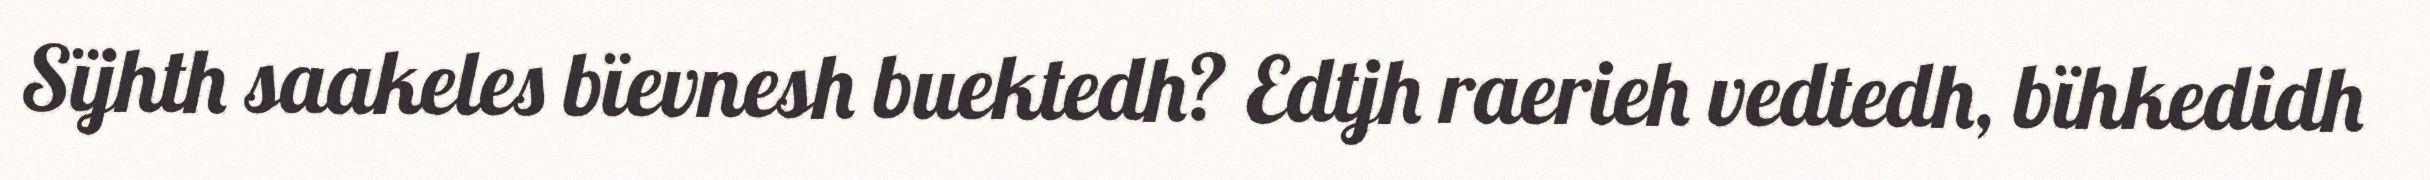
Sïjhth saakeles bïevnesh buektedh? Edtjh raerieh vedtedh, bïhkedidh